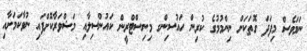
ނަމަވެސް މިފަދަ ގޮތަކަށް ނިންމުމުގެ ކުރިން ހައުސިންގ މިނިސްޓްރީން ކައުންސިލާއި މަޝްވަރާކޮށްފައި ނުވާކަމަށާއި